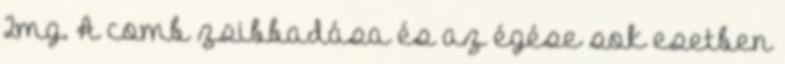
2mg. A comb zsibbadása és az égése sok esetben